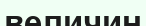
величин